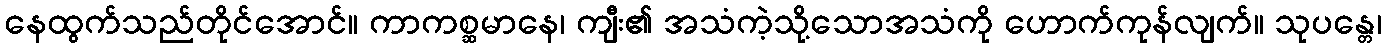
နေထွက်သည်တိုင်အောင်။ ကာကစ္ဆမာနေ၊ ကျီး၏ အသံကဲ့သို့သောအသံကို ဟောက်ကုန်လျက်။ သုပန္တေ၊